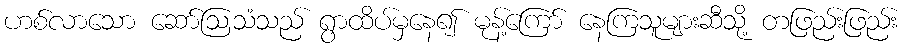
ဟစ်လာသော ဆော်ဩသံသည် ရွာထိပ်မှနေ၍ မုန့်ကြော် နေကြသူများဆီသို့ တဖြည်းဖြည်း